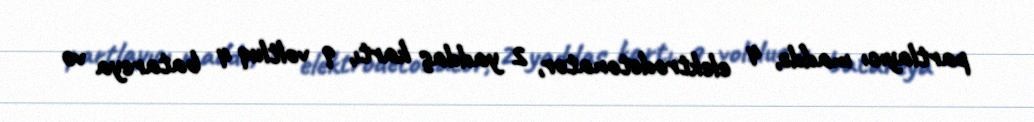
partlayıcı maddə, 4 elektrodetonator, 2 yaddaş kartı, 9 voltluq 4 batareya və